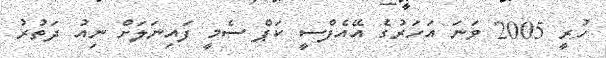
ހުރީ 2005 ވަނަ އަހަރުގެ އޭއެފްސީ ކަޕް ސެމީ ފައިނަލަށް ނިއު ދަތުރު